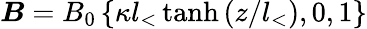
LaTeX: \boldsymbol{B}=B_{0}\left\{ \kappa l_{<}\, \mathrm{tanh}\left(z/l_{<}\right),0,1\right\}